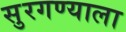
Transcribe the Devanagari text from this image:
सुरगण्याला